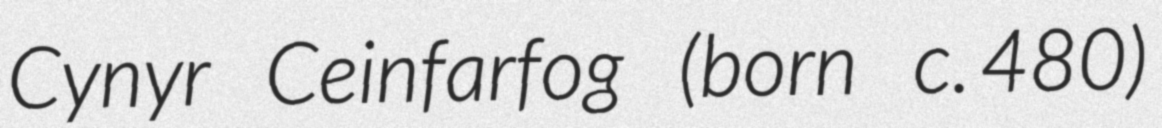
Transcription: Cynyr Ceinfarfog (born c. 480)